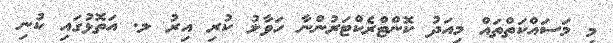
މި މަސައްކަތްތައް މިއަދު ކޮންޓްރެކްޓަރުންނާ ހަވާލު ކުރި އިރު ލ. އަތޮޅުގައި ކުނި